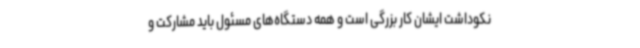
نکوداشت ایشان کار بزرگی است و همه دستگاه‌های مسئول باید مشارکت و